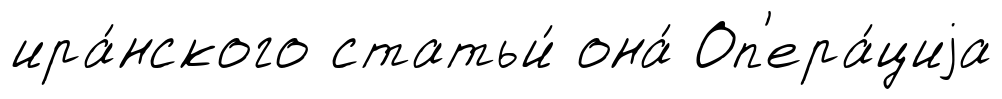
ира́нского статьи́ она́ Оп'ера́циjа